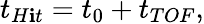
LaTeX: t_{H\mathbf{i}t}=t_{0}+t_{TOF},